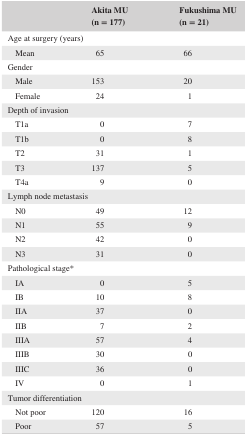
<table><thead><tr><td></td><td><b>Akita MU (n = 177)</b></td><td><b>Fukushima MU (n = 21)</b></td></tr></thead><tbody><tr><td colspan="3">Age at surgery (years)</td></tr><tr><td>Mean</td><td>65</td><td>66</td></tr><tr><td colspan="3">Gender</td></tr><tr><td>Male</td><td>153</td><td>20</td></tr><tr><td>Female</td><td>24</td><td>1</td></tr><tr><td colspan="3">Depth of invasion</td></tr><tr><td>T1a</td><td>0</td><td>7</td></tr><tr><td>T1b</td><td>0</td><td>8</td></tr><tr><td>T2</td><td>31</td><td>1</td></tr><tr><td>T3</td><td>137</td><td>5</td></tr><tr><td>T4a</td><td>9</td><td>0</td></tr><tr><td colspan="3">Lymph node metastasis</td></tr><tr><td>N0</td><td>49</td><td>12</td></tr><tr><td>N1</td><td>55</td><td>9</td></tr><tr><td>N2</td><td>42</td><td>0</td></tr><tr><td>N3</td><td>31</td><td>0</td></tr><tr><td colspan="3">Pathological stagea</td></tr><tr><td>IA</td><td>0</td><td>5</td></tr><tr><td>IB</td><td>10</td><td>8</td></tr><tr><td>IIA</td><td>37</td><td>0</td></tr><tr><td>IIB</td><td>7</td><td>2</td></tr><tr><td>IIIA</td><td>57</td><td>4</td></tr><tr><td>IIIB</td><td>30</td><td>0</td></tr><tr><td>IIIC</td><td>36</td><td>0</td></tr><tr><td>IV</td><td>0</td><td>1</td></tr><tr><td colspan="3">Tumor differentiation</td></tr><tr><td>Not poor</td><td>120</td><td>16</td></tr><tr><td>Poor</td><td>57</td><td>5</td></tr></tbody></table>